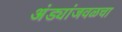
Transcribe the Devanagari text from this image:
अंड्यांजवळचा